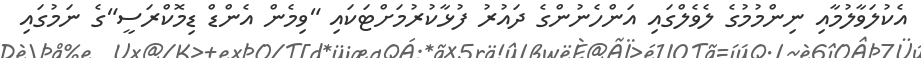
އެކުލަވާލުމާއި ނިންމުމުގެ ލެވެލްގައި އަންހެނުންގެ ދައުރު ފުޅާކުރުމަށްޓަކައި "ވިމެން އެންޑް ޑިމޮކްރަސީ"ގެ ނަމުގައި